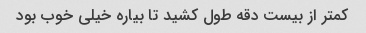
کمتر از بیست دقه طول کشید تا بیاره خیلی خوب بود